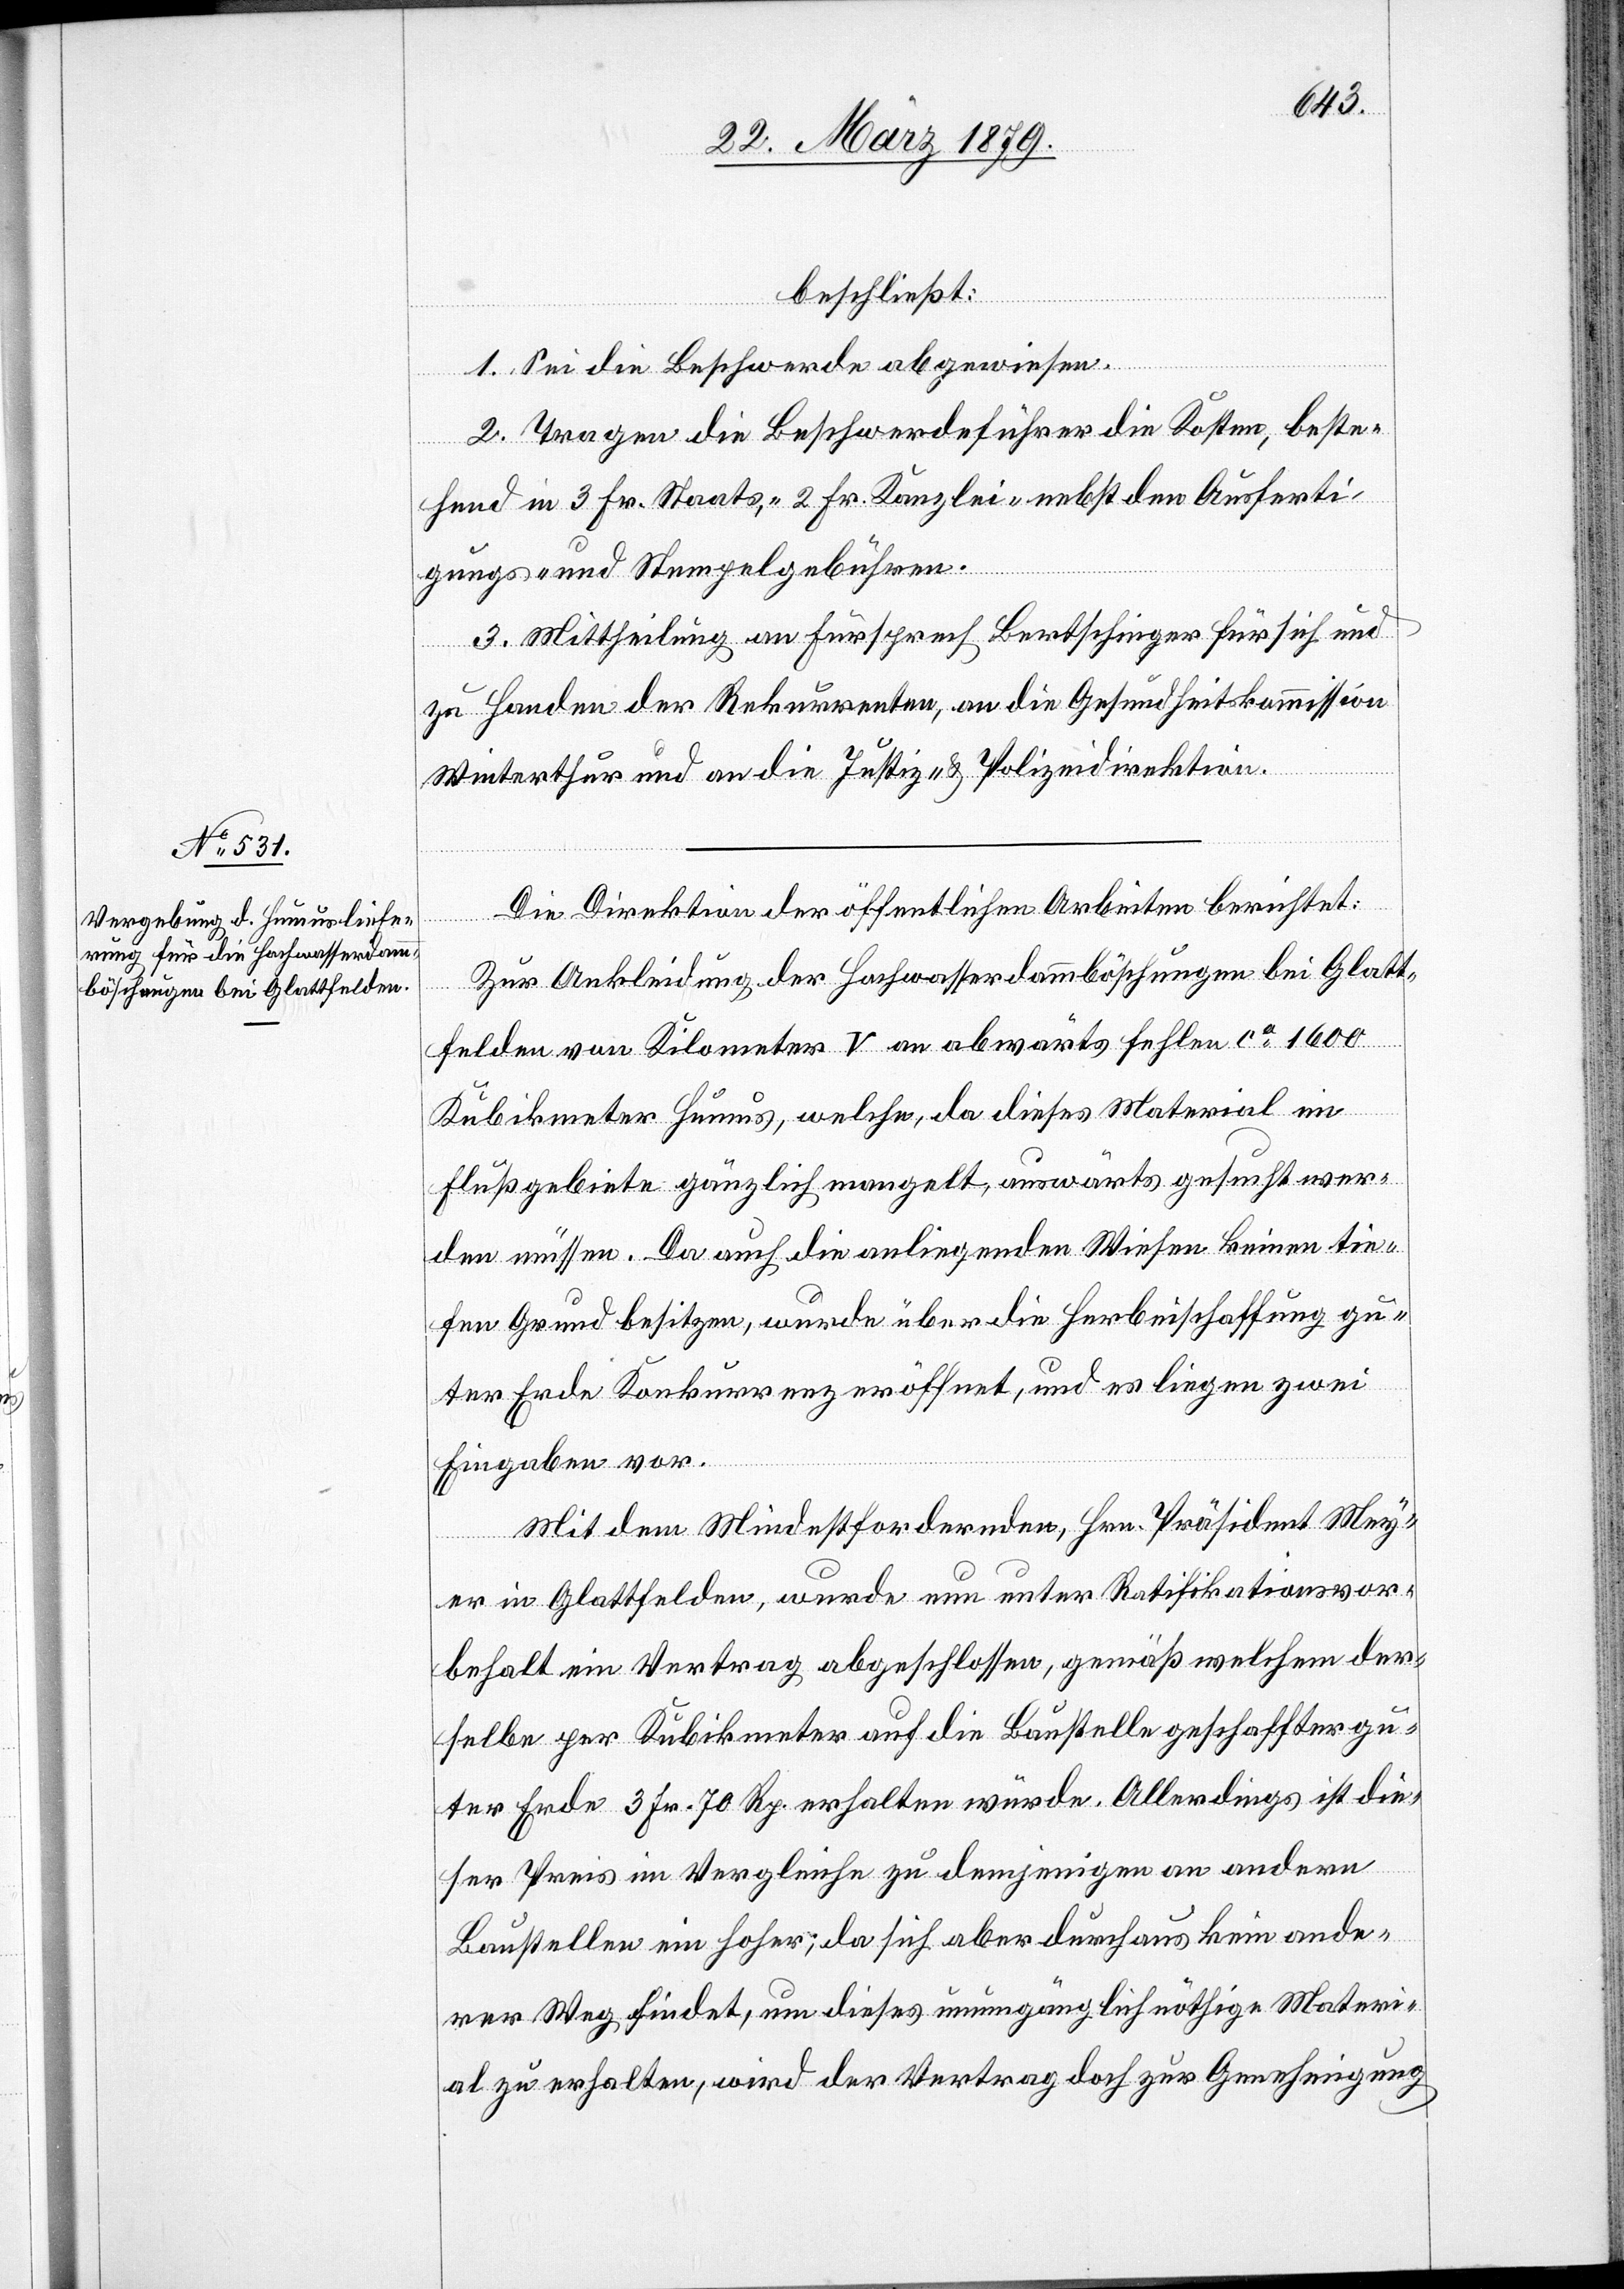
beschließt:
1. Sei die Beschwerde abgewiesen.
2. Tragen die Beschwerdeführer die Kosten, beste¬
hend in 3 Fr. Staats-, 2 Fr. Kanzlei- nebst den Ausferti¬
gungs- und Stempelgebühren.
3. Mittheilung an Fürsprech Bertschinger für sich und
zu Handen der Rekurrenten, an die Gesundheitskommission
Winterthur und an die Justiz- & Polizeidirektion.
Die Direktion der öffentlichen Arbeiten berichtet:
Zur Ankleidung der Hochwasserdammböschungen bei Glatt¬
felden von Kilometer V an abwärts fehlen ca 1600
Kubikmeter Humus, welche, da dieses Material im
Flußgebiete gänzlich mangelt, auswärts gesucht wer¬
den müssen. Da auch die anliegenden Wiesen keinen tie¬
fen Grund besitzen, wurde über die Herbeischaffung gu¬
ter Erde Konkurrenz eröffnet, und es liegen zwei
Eingaben vor.
Mit dem Mindestfordernden, Hrn. Präsident Mey¬
er in Glattfelden, wurde nun unter Ratifikationsvor¬
behalt ein Vertrag abgeschlossen, gemäß welchem der¬
selbe per Kubikmeter auf die Baustelle geschaffter gu¬
ter Erde 3 Fr. 70 Rp. erhalten würde. Allerdings ist die¬
ser Preis im Vergleiche zu demjenigen an andern
Baustellen ein hoher; da sich aber durchaus kein ande¬
rer Weg findet, um dieses unumgänglich nöthige Materi¬
al zu erhalten, wird der Vertrag doch zur Genehmigung